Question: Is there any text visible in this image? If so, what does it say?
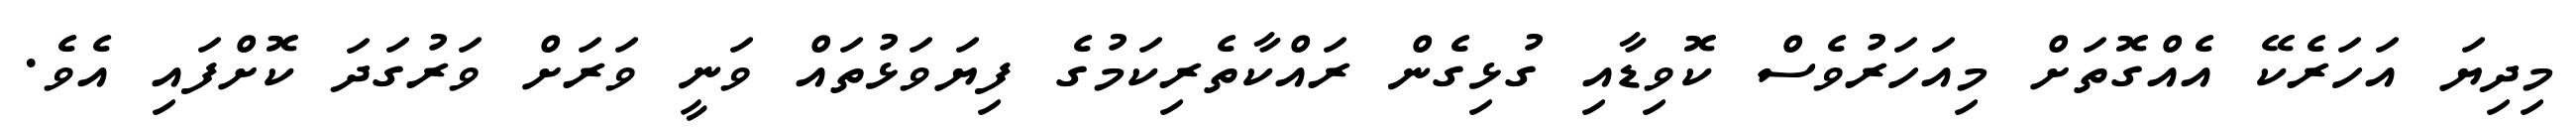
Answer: މިދިޔަ އަހަރެކޭ އެއްގޮތަށް މިއަހަރުވެސް ކޮވިޑާއި ގުޅިގެން ރައްކާތެރިކަމުގެ ފިޔަވަޅުތައް ވަނީ ވަރަށް ވަރުގަދަ ކޮށްފައި އެވެ.